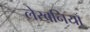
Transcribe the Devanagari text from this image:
लेखनियाँ